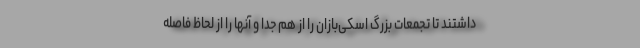
داشتند تا تجمعات بزرگ اسکی‌بازان را از هم جدا و آنها را از لحاظ فاصله